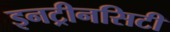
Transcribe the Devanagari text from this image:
इनट्रीनसिटी